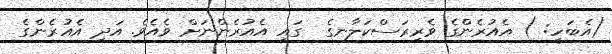
(އެބަހީ: ) އެއުރެންގެ ވެރިރަސްކަލާނގެ  ގައި އެއުރެންނަށް ވެއެވެ. އަދި އެއުރެންގެ